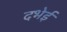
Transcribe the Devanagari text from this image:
दभेई